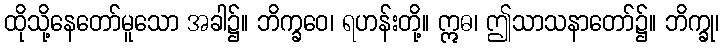
ထိုသို့နေတော်မူသော အခါ၌။ ဘိက္ခဝေ၊ ရဟန်းတို့။ ဣဓ၊ ဤသာသနာတော်၌။ ဘိက္ခု၊